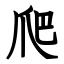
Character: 爬